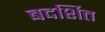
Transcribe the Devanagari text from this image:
बदर्शित